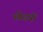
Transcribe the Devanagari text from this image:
सीढ़यों